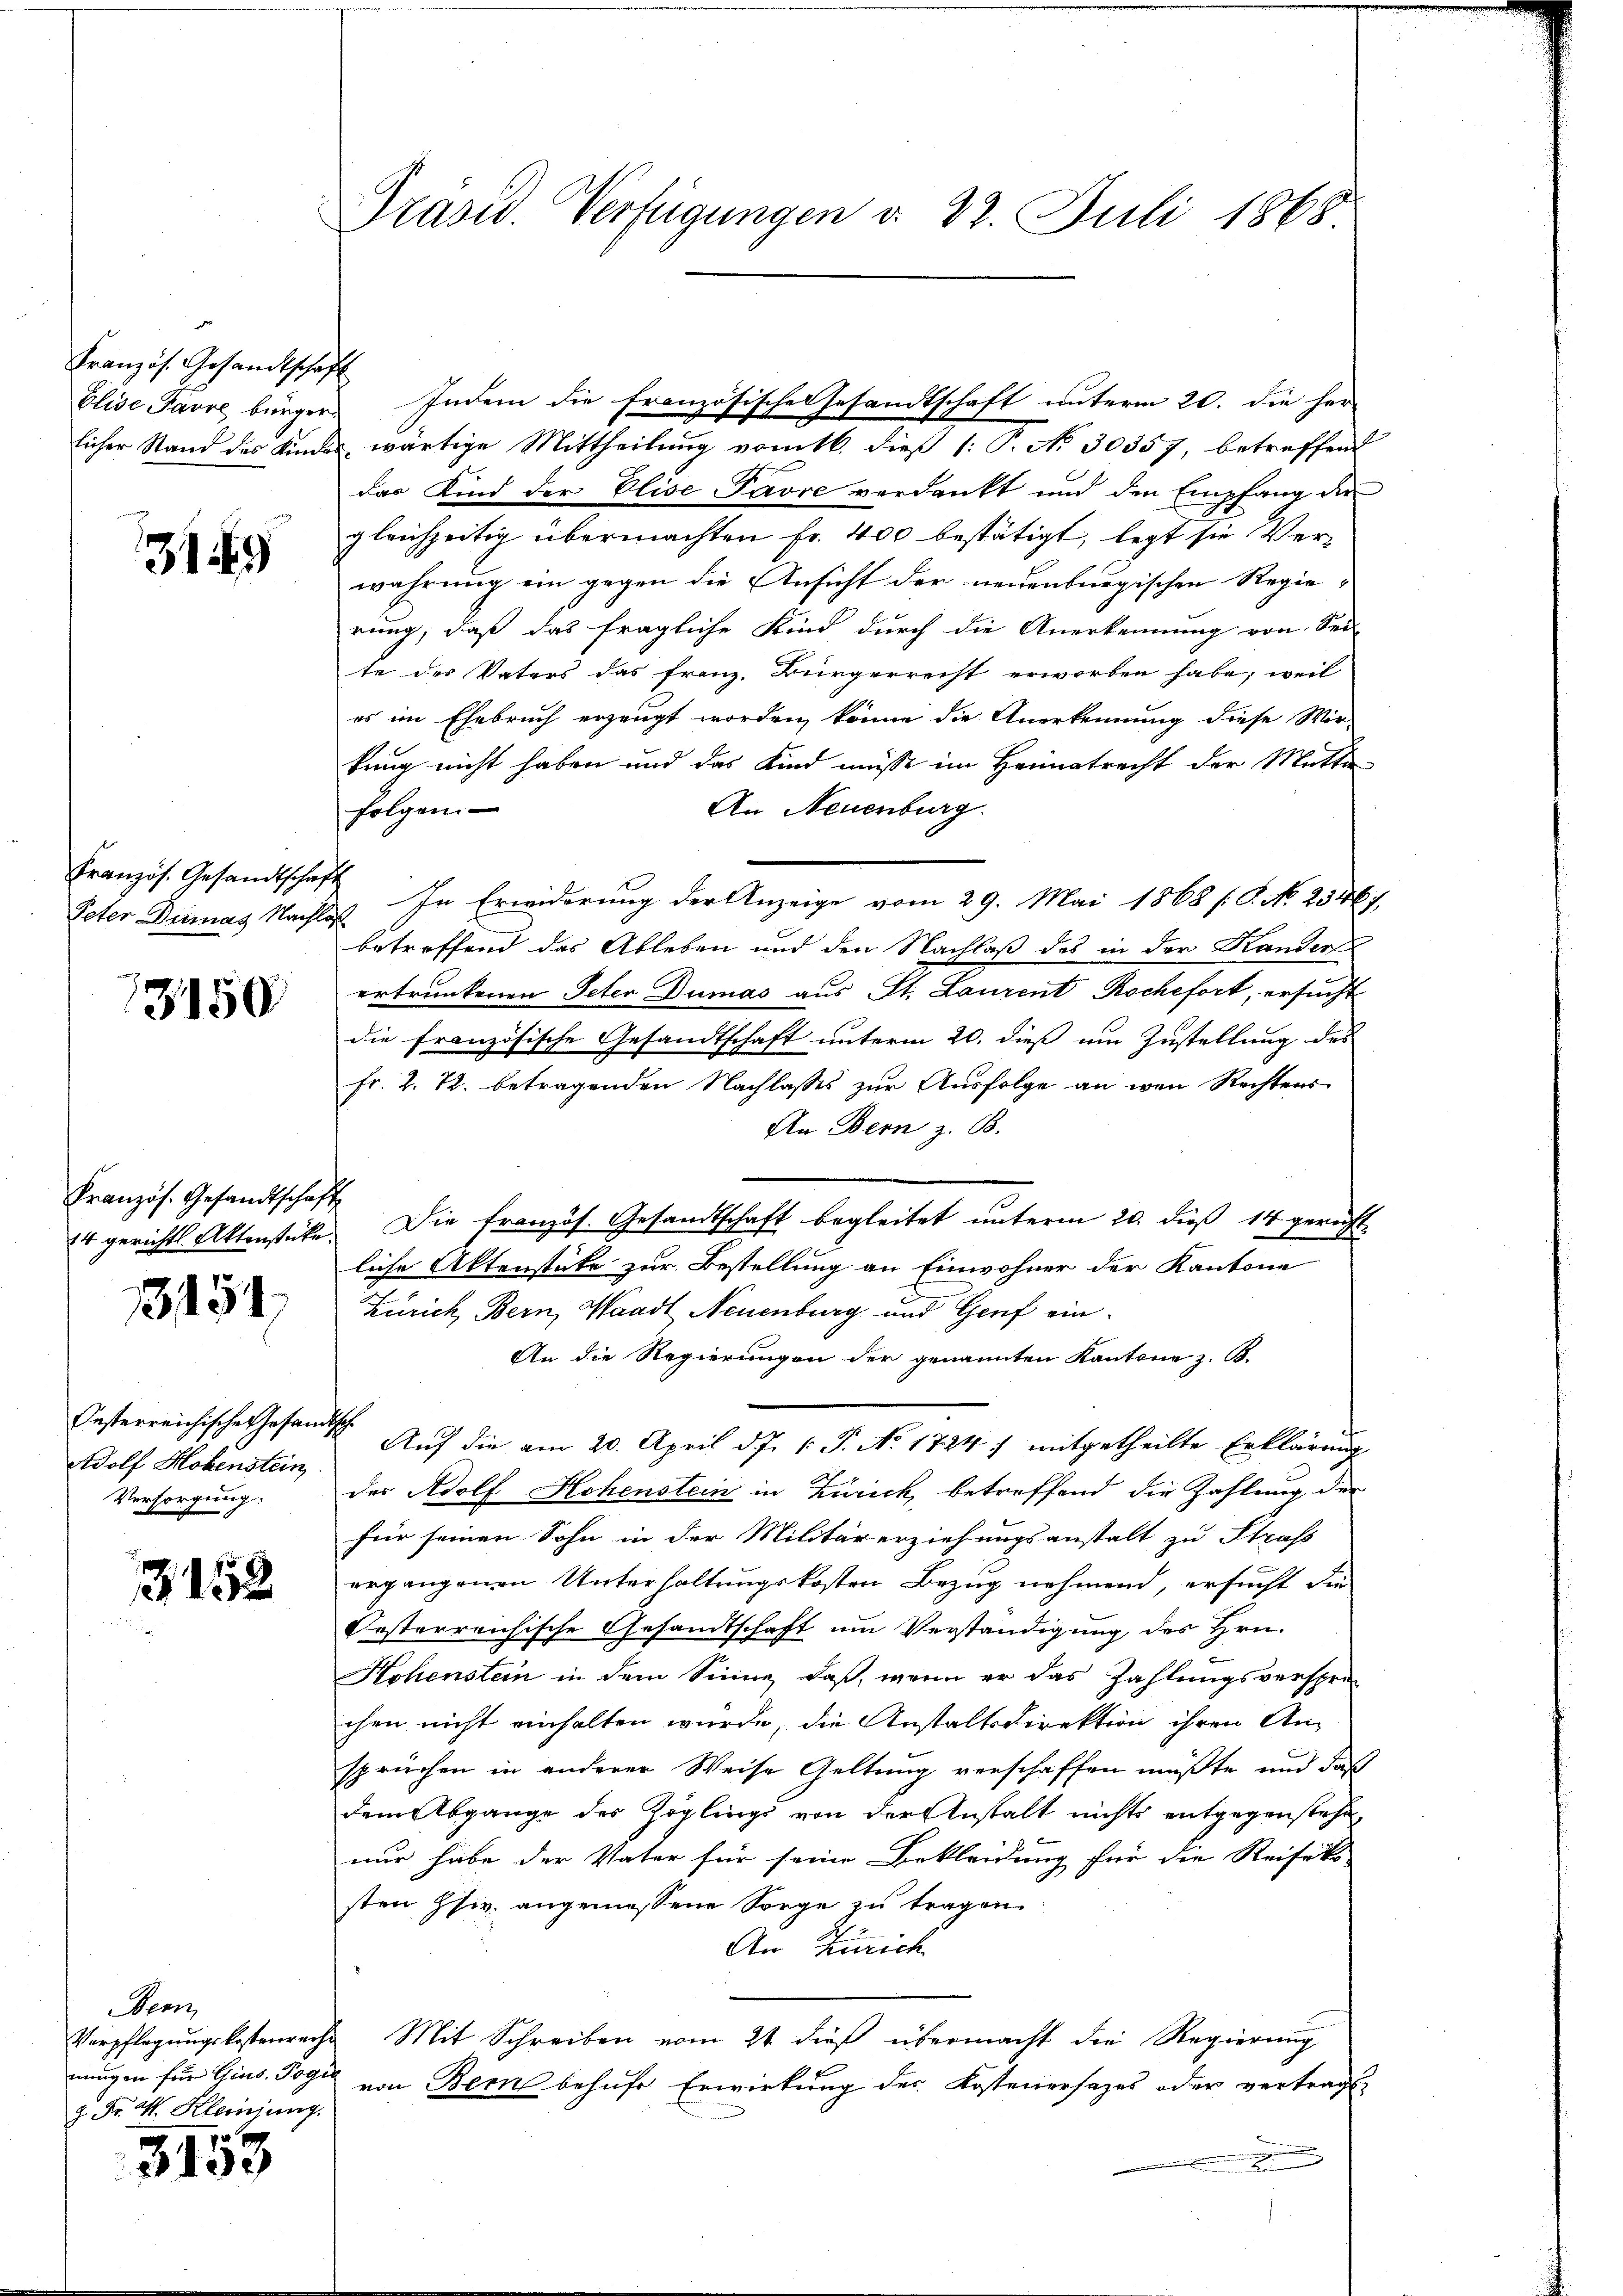
Französ. Gesandtschaft

13159

Kranzös. Gesandtschaft

13150

Kranzös. Gesandtschaft

3154

Oesterreichische Gesandtsch
Adolf Hohenstein
Versorgung:

Z. 152

Seen
z. Fr. 4. Kleinjung.

2153

Präsid. Verfügungen d. 22. Juli 1868.

Elise Javre bürger Indem die französische Gesandtschaft unterm 20. die herlicher Stand des Kindes wärtige Mittheilung vom 16. dieß 1: P. No 30357, betreffend
das Kind der Elise Pavre verdankt und den Empfang die
gleichzeitig übermachten Fr. 400 bestätigt, legt sie Ver-
wahrung ein gegen die Ansicht der neuenburgischen Regierung, daß das fragliche Kind durch die Anerkennung von Sei-
te des Vaters das Franz. Bürgerrecht erworben habe; weil
es im Ehebruch erzeugt worden, könne die Anerkennung diese Wir-
kung nicht haben und das Kind müsse im Heimatrecht der Mutter-
An Neuenburg.
folgen.
Peter Bernag Nachloß. In Erwiderung der Anzeige vom 29. Mai 1868 (C. No. 23467
betreffend das Ableben und den Nachlaß des in der Kander
ertrunkenen Peten Dumas aus St. Laurent Rochefort, ersucht
die französische Gesandtschaft unterm 20. dieß um Zustellung des
fr. 2. 72. betragenden Nachlasses zur Ausfolge an wen Rechtens
An Bern z. B.
24 gerichtl. Aktenstücke. Die französ. Gesandtschaft begleitet ŭnterm 20. dieβ 14 gericht
liche Aktenstüke zur Bestellung an Einwohner der Kantone
Zürich, Bern, Waadt, Neuenburg und Genf ein¬
An die Regierungen der genannten Kantone z. B.
Auf die am 20. April d. J. 1. P. No. 1724, mitgetheilte Erklärung
1
des Adolf Hohenstein in Zürich, betreffend die Zahlung der
für seinen Sohn in der Militär erziehungsanstalt zu Straß
ergangenen Unterhaltungskosten Bezug nehmend, ersucht die
Posterreichische Gesandtschaft um Verständigung des Hrn.
Hohenstein in dem Sinne, daß, wenn er das Zahlungsversprechen nicht einhalten würde, die Anstaltsdirektion ihren An-
sprüchen in anderer Weise Geltung verschaffen müßte, und daß
dem Abgange des Zöglings von der Anstalt nichts entgegenstehe,
nur habe der Vater für seine Bekleidung für die Reiseko
sten Hs. angemessene Sorge zu tragen.
An Zürich
Verpflegŭngskostenreche Mit Schreiben vom 21 dieß übermacht die Regierŭng
nungen für Gins. Tage von Bern behufe Erwirkung des Kostenersezes oder vertrags